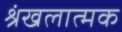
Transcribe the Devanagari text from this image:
श्रंखलात्मक